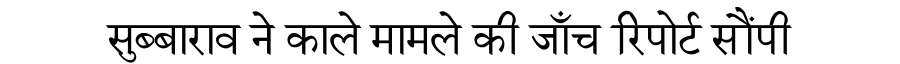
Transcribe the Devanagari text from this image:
सुब्बाराव ने काले मामले की जाँच रिपोर्ट सौंपी